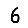
Digit: 6